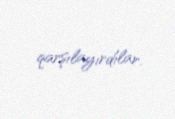
qarşılayırdılar.